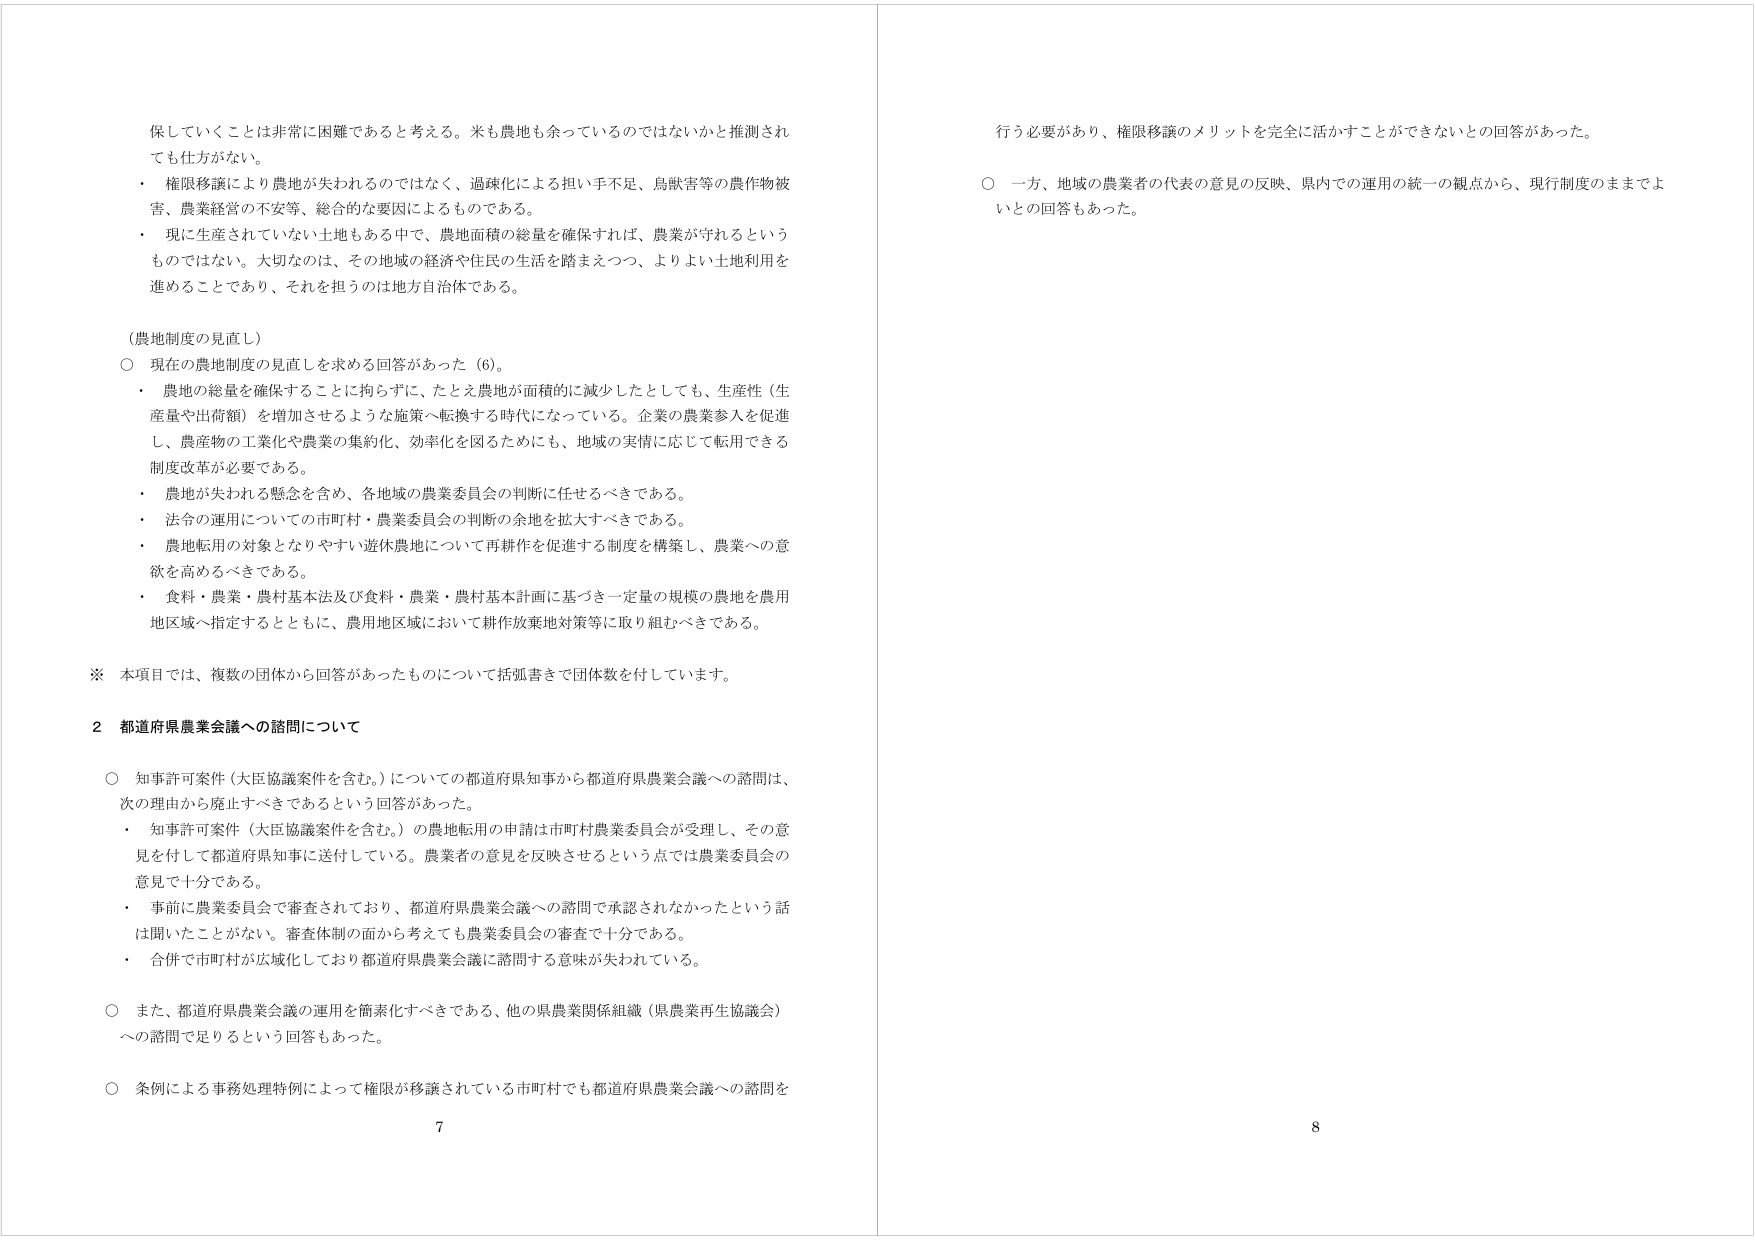
保していくことは非常に困難であると考える。米も農地も余っているのではないかと推測され
ても仕方がない。
・ 権限移譲により農地が失われるのではなく、過疎化による担い手不足、鳥獣害等の農作物被
害、農業経営の不安等、総合的な要因によるものである。
・ 現に生産されていない土地もある中で、農地面積の総量を確保すれば、農業が守れるという
ものではない。大切なのは、その地域の経済や住民の生活を踏まえつつ、よりよい土地利用を
進めることであり、それを担うのは地方自治体である。

（農地制度の見直し）
○ 現在の農地制度の見直しを求める回答があった（6）。
・ 農地の総量を確保することに拘らずに、たとえ農地が面積的に減少したとしても、生産性（生
産量や出荷額）を増加させるような施策へ転換する時代になっている。企業の農業参入を促進
し、農産物の工業化や農業の集約化、効率化を図るためにも、地域の実情に応じて転用できる
制度改革が必要である。
・ 農地が失われる懸念を含め、各地域の農業委員会の判断に任せるべきである。
・ 法令の運用についての市町村・農業委員会の判断の余地を拡大すべきである。
・ 農地転用の対象となりやすい遊休農地について再耕作を促進する制度を構築し、農業への意
欲を高めるべきである。
・ 食料・農業・農村基本法及び食料・農業・農村基本計画に基づき一定量の規模の農地を農用
地区域へ指定するとともに、農用地区域において耕作放棄地対策等に取り組むべきである。

※ 本項目では、複数の団体から回答があったものについて括弧書きで団体数を付しています。

2 都道府県農業会議への諮問について

○ 知事許可案件（大臣協議案件を含む。）についての都道府県知事から都道府県農業会議への諮問は、
次の理由から廃止すべきであるという回答があった。
・ 知事許可案件（大臣協議案件を含む。）の農地転用の申請は市町村農業委員会が受理し、その意
見を付して都道府県知事に送付している。農業者の意見を反映させるという点では農業委員会の
意見で十分である。
・ 事前に農業委員会で審査されており、都道府県農業会議への諮問で承認されなかったという話
は聞いたことがない。審査体制の面から考えても農業委員会の審査で十分である。
・ 合併で市町村が広域化しており都道府県農業会議に諮問する意味が失われている。

○ また、都道府県農業会議の運用を簡素化すべきである、他の県農業関係組織（県農業再生協議会）
への諮問で足りるという回答もあった。

○ 条例による事務処理特例によって権限が移譲されている市町村でも都道府県農業会議への諮問を

行う必要があり、権限移譲のメリットを完全に活かすことができないとの回答があった。

○ 一方、地域の農業者の代表の意見の反映、県内での運用の統一の観点から、現行制度のままでよ
いとの回答もあった。

7
8